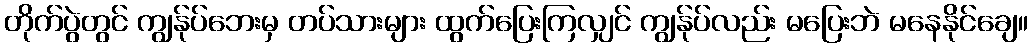
တိုက်ပွဲတွင် ကျွန်ုပ်ဘေးမှ တပ်သားများ ထွက်ပြေးကြလျှင် ကျွန်ုပ်လည်း မပြေးဘဲ မနေနိုင်ချေ။